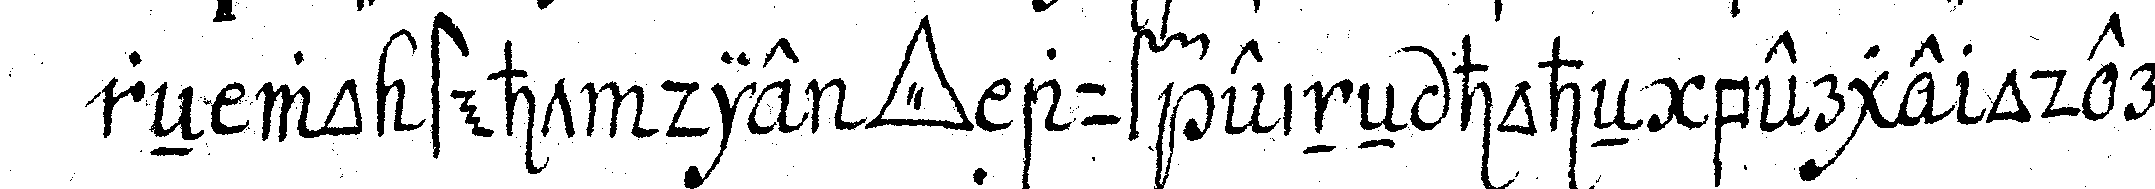
reN wo steht die *tri..* auf eineN hoheN berge oder